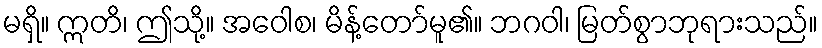
မရှိ။ ဣတိ၊ ဤသို့။ အဝေါစ၊ မိန့်တော်မူ၏။ ဘဂဝါ၊ မြတ်စွာဘုရားသည်။